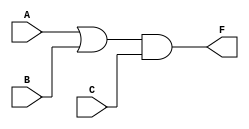
module GATES(input A,B,C, output F );
	
	assign F = (A|B)&C;

endmodule

module TB();

	reg SIG1,SIG2,SIG3;
	wire OUT;
	
	GATES GATES1 (.A(SIG1), .B(SIG2), .C(SIG3), .F(OUT) );
  initial begin
	   SIG1 =1'b0; SIG2 =1'b0; SIG3 =1'b0;
	#1 if(OUT != 1'b0) $display($time, " Failed");
	SIG1 =1'b0; SIG2 =1'b0; SIG3 =1'b1;
	#1 if(OUT != 1'b0) $display($time, " Failed");
	SIG1 =1'b0; SIG2 =1'b1; SIG3 =1'b0;
	#1 if(OUT != 1'b0) $display($time, " Failed");
	SIG1 =1'b0; SIG2 =1'b1; SIG3 =1'b1;
	#1 if(OUT != 1'b1) $display($time, " Failed");
	SIG1 =1'b1; SIG2 =1'b0; SIG3 =1'b0;
	#1 if(OUT != 1'b0) $display($time, " Failed");
	SIG1 =1'b1; SIG2 =1'b0; SIG3 =1'b1;
	#1 if(OUT != 1'b1) $display($time, " Failed");
	SIG1 =1'b1; SIG2 =1'b1; SIG3 =1'b0;
	#1 if(OUT != 1'b0) $display($time, " Failed");
	SIG1 =1'b1; SIG2 =1'b1; SIG3 =1'b1;
	#1 if(OUT != 1'b1) $display($time, " Failed");
  end


endmodule